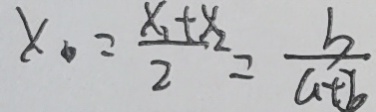
x = \frac { x _ { 1 } + x _ { 2 } } { 2 } = \frac { b } { a + b }